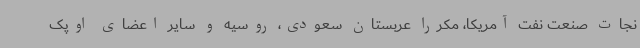
نجات صنعت نفت آمریکا، مکررا عربستان سعودی، روسیه و سایر اعضای اوپک